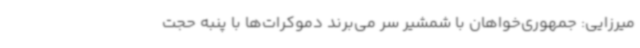
میرزایی: جمهوری‌خواهان با شمشیر سر می‌برند دموکرات‌ها با پنبه حجت